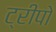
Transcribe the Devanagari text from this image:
ट्रीपो